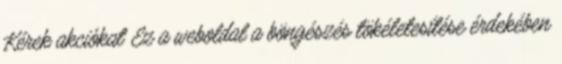
Kérek akciókat Ez a weboldal a böngészés tökéletesítése érdekében